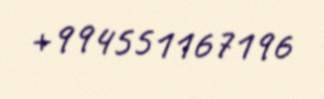
+994551167196